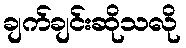
ချက်ချင်းဆိုသလို